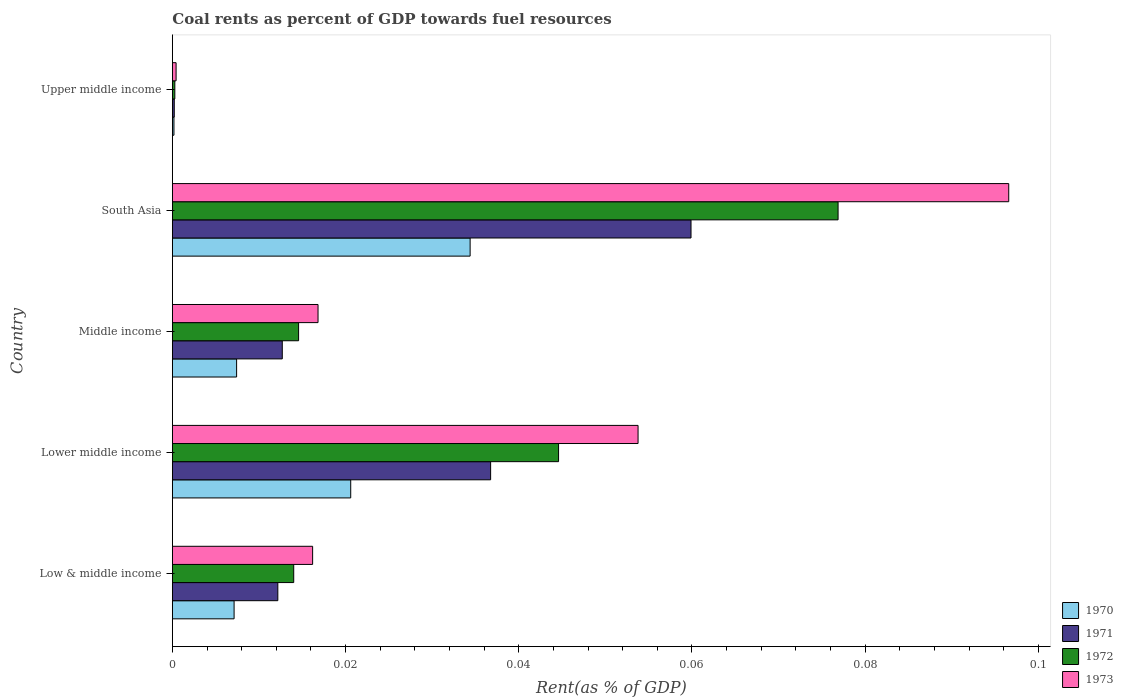
| Country | 1970 | 1971 | 1972 | 1973 |
 | --- | --- | --- | --- | --- |
 | Low & middle income | 0.00713 | 0.0122 | 0.014 | 0.0162 |
 | Lower middle income | 0.0206 | 0.0368 | 0.0446 | 0.0538 |
 | Middle income | 0.00742 | 0.0127 | 0.0146 | 0.0168 |
 | South Asia | 0.0344 | 0.0599 | 0.0769 | 0.0966 |
 | Upper middle income | 0.000184 | 0.000219 | 0.000284 | 0.000431 |